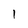
Character: 1